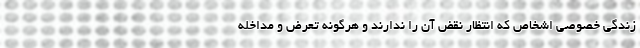
زندگی خصوصی اشخاص که انتظار نقض آن را ندارند و هرگونه تعرض و مداخله